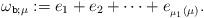
LaTeX: \begin{align*}\omega_{\texttt{b};\mu} :=e_1+e_2+\cdots + e_{_{\mu_1}(\mu)} .\end{align*}